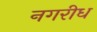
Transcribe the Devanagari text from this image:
नगरीध